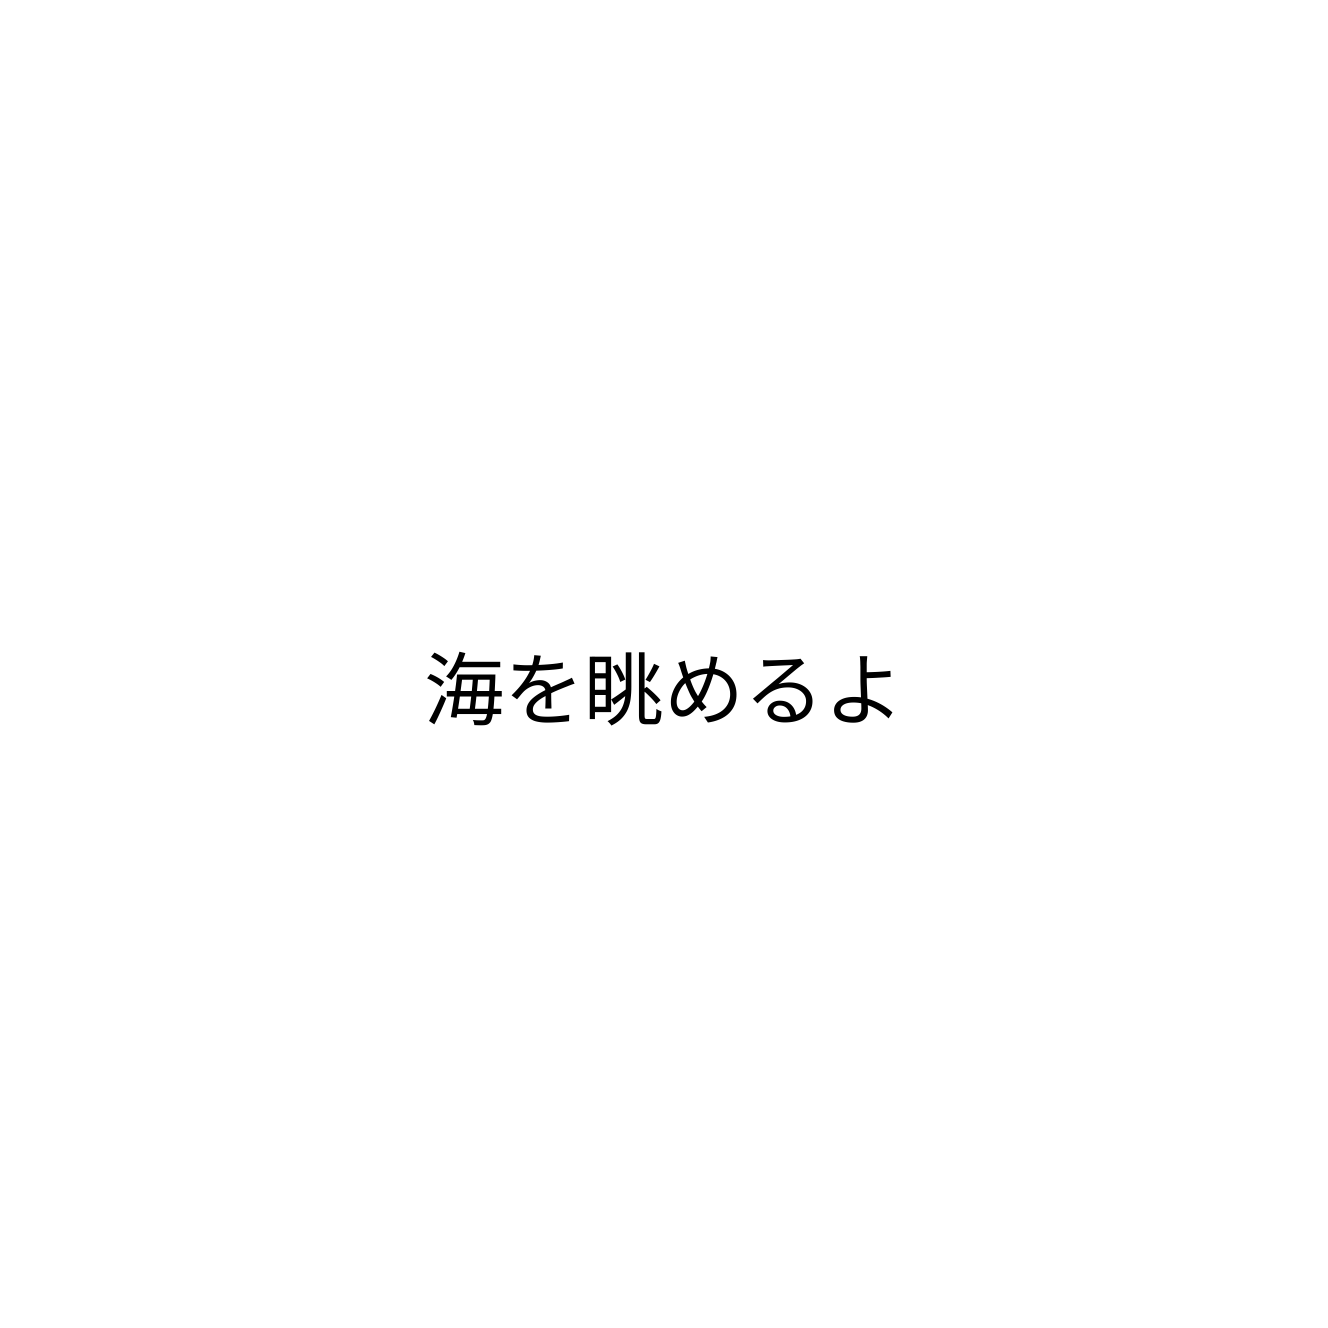
海を眺めるよ